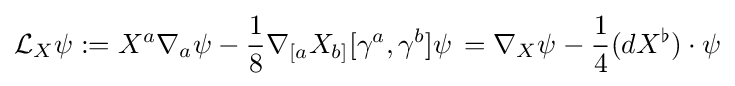
{\mathcal {L}}_{X}\psi :=X^{a}\nabla _{a}\psi -{\frac {1}{8}}\nabla _{[a}X_{b]}[\gamma ^{a},\gamma ^{b}]\psi \,=\nabla _{X}\psi -{\frac {1}{4}}(dX^{\flat })\cdot \psi